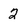
Character: 2